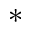
^ { * }